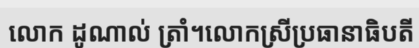
លោក ដូណាល់ ត្រាំ។លោកស្រីប្រធានាធិបតី